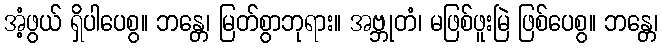
အံ့ဖွယ် ရှိပါပေစွ။ ဘန္တေ၊ မြတ်စွာဘုရား။ အဗ္ဘုတံ၊ မဖြစ်ဖူးမြဲ ဖြစ်ပေစွ။ ဘန္တေ၊